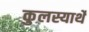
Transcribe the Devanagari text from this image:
कुलस्यार्थे